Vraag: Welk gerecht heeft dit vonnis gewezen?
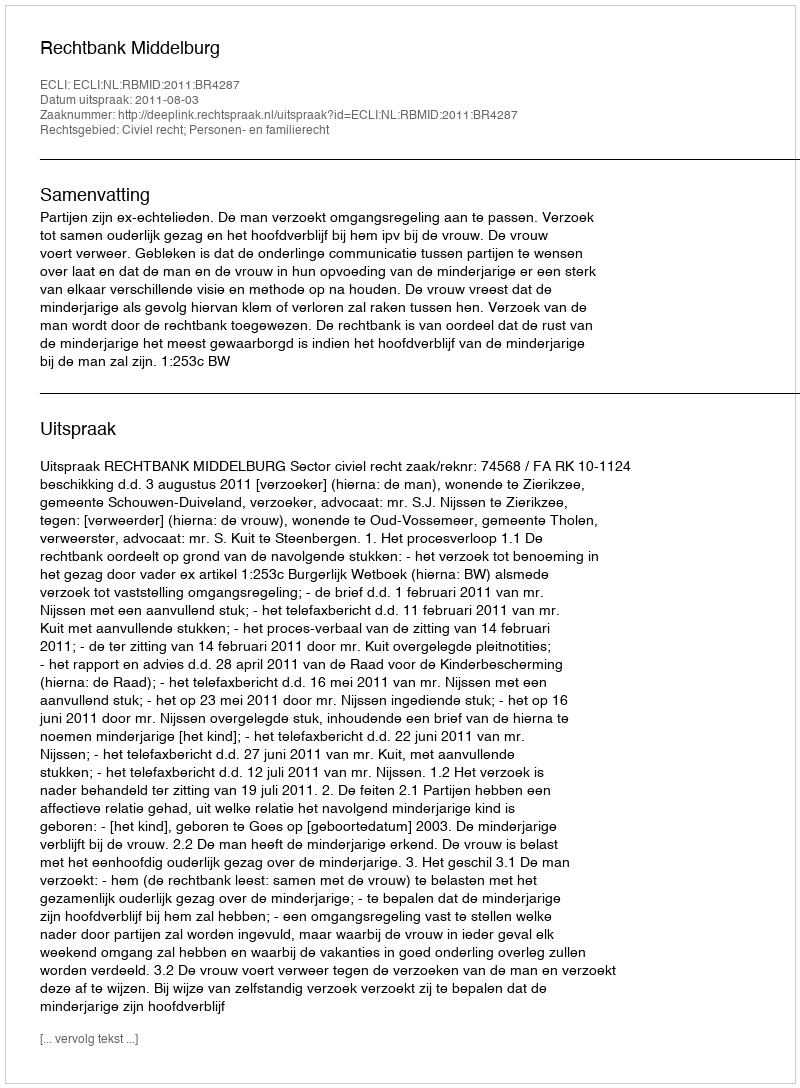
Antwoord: Rechtbank Middelburg